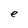
Character: e